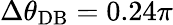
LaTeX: \Delta\theta_{\mathrm{DB}}=0.24\pi